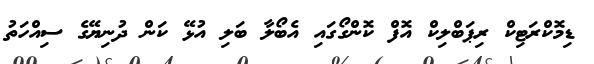
ޑިމޮކްރަޓިކް ރިޕަބްލިކް އޮފް ކޮންގޯގައި އެބޯލާ ބަލި އުޅޭ ކަން ދުނިޔޭގެ ސިއްހަތު